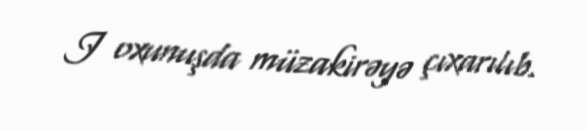
I oxunuşda müzakirəyə çıxarılıb.